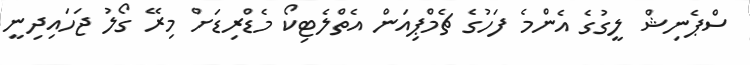
ސްޕެނިޝް ލީގުގެ އެންމެ ފަހުގެ ޗެމްޕިއަން އެތްލެޓިކޯ މެޑްރިޑަށް މިރޭ ގޯލު ޖަހައިދިނީ